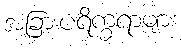
အခြားပရိက္ခရာများ